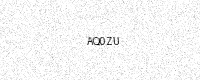
Text: AQ0ZU